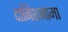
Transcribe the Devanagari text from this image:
दानिशनामा